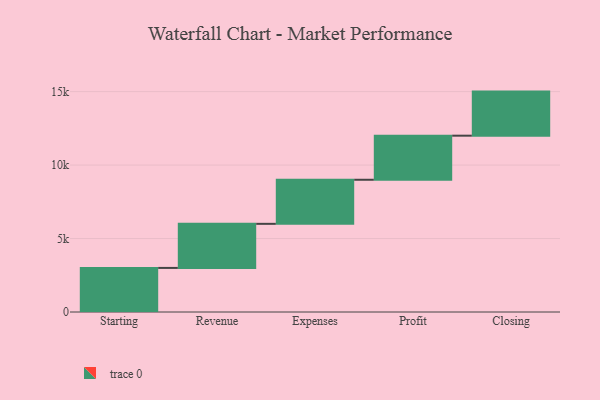
{"axis": {"x": "Step", "y": "Value"}, "legend": [""], "data": [{"x": "Starting", "y": 3000, "type": ""}, {"x": "Revenue", "y": 3000, "type": ""}, {"x": "Expenses", "y": 3000, "type": ""}, {"x": "Profit", "y": 3000, "type": ""}, {"x": "Closing", "y": 3000, "type": ""}]}